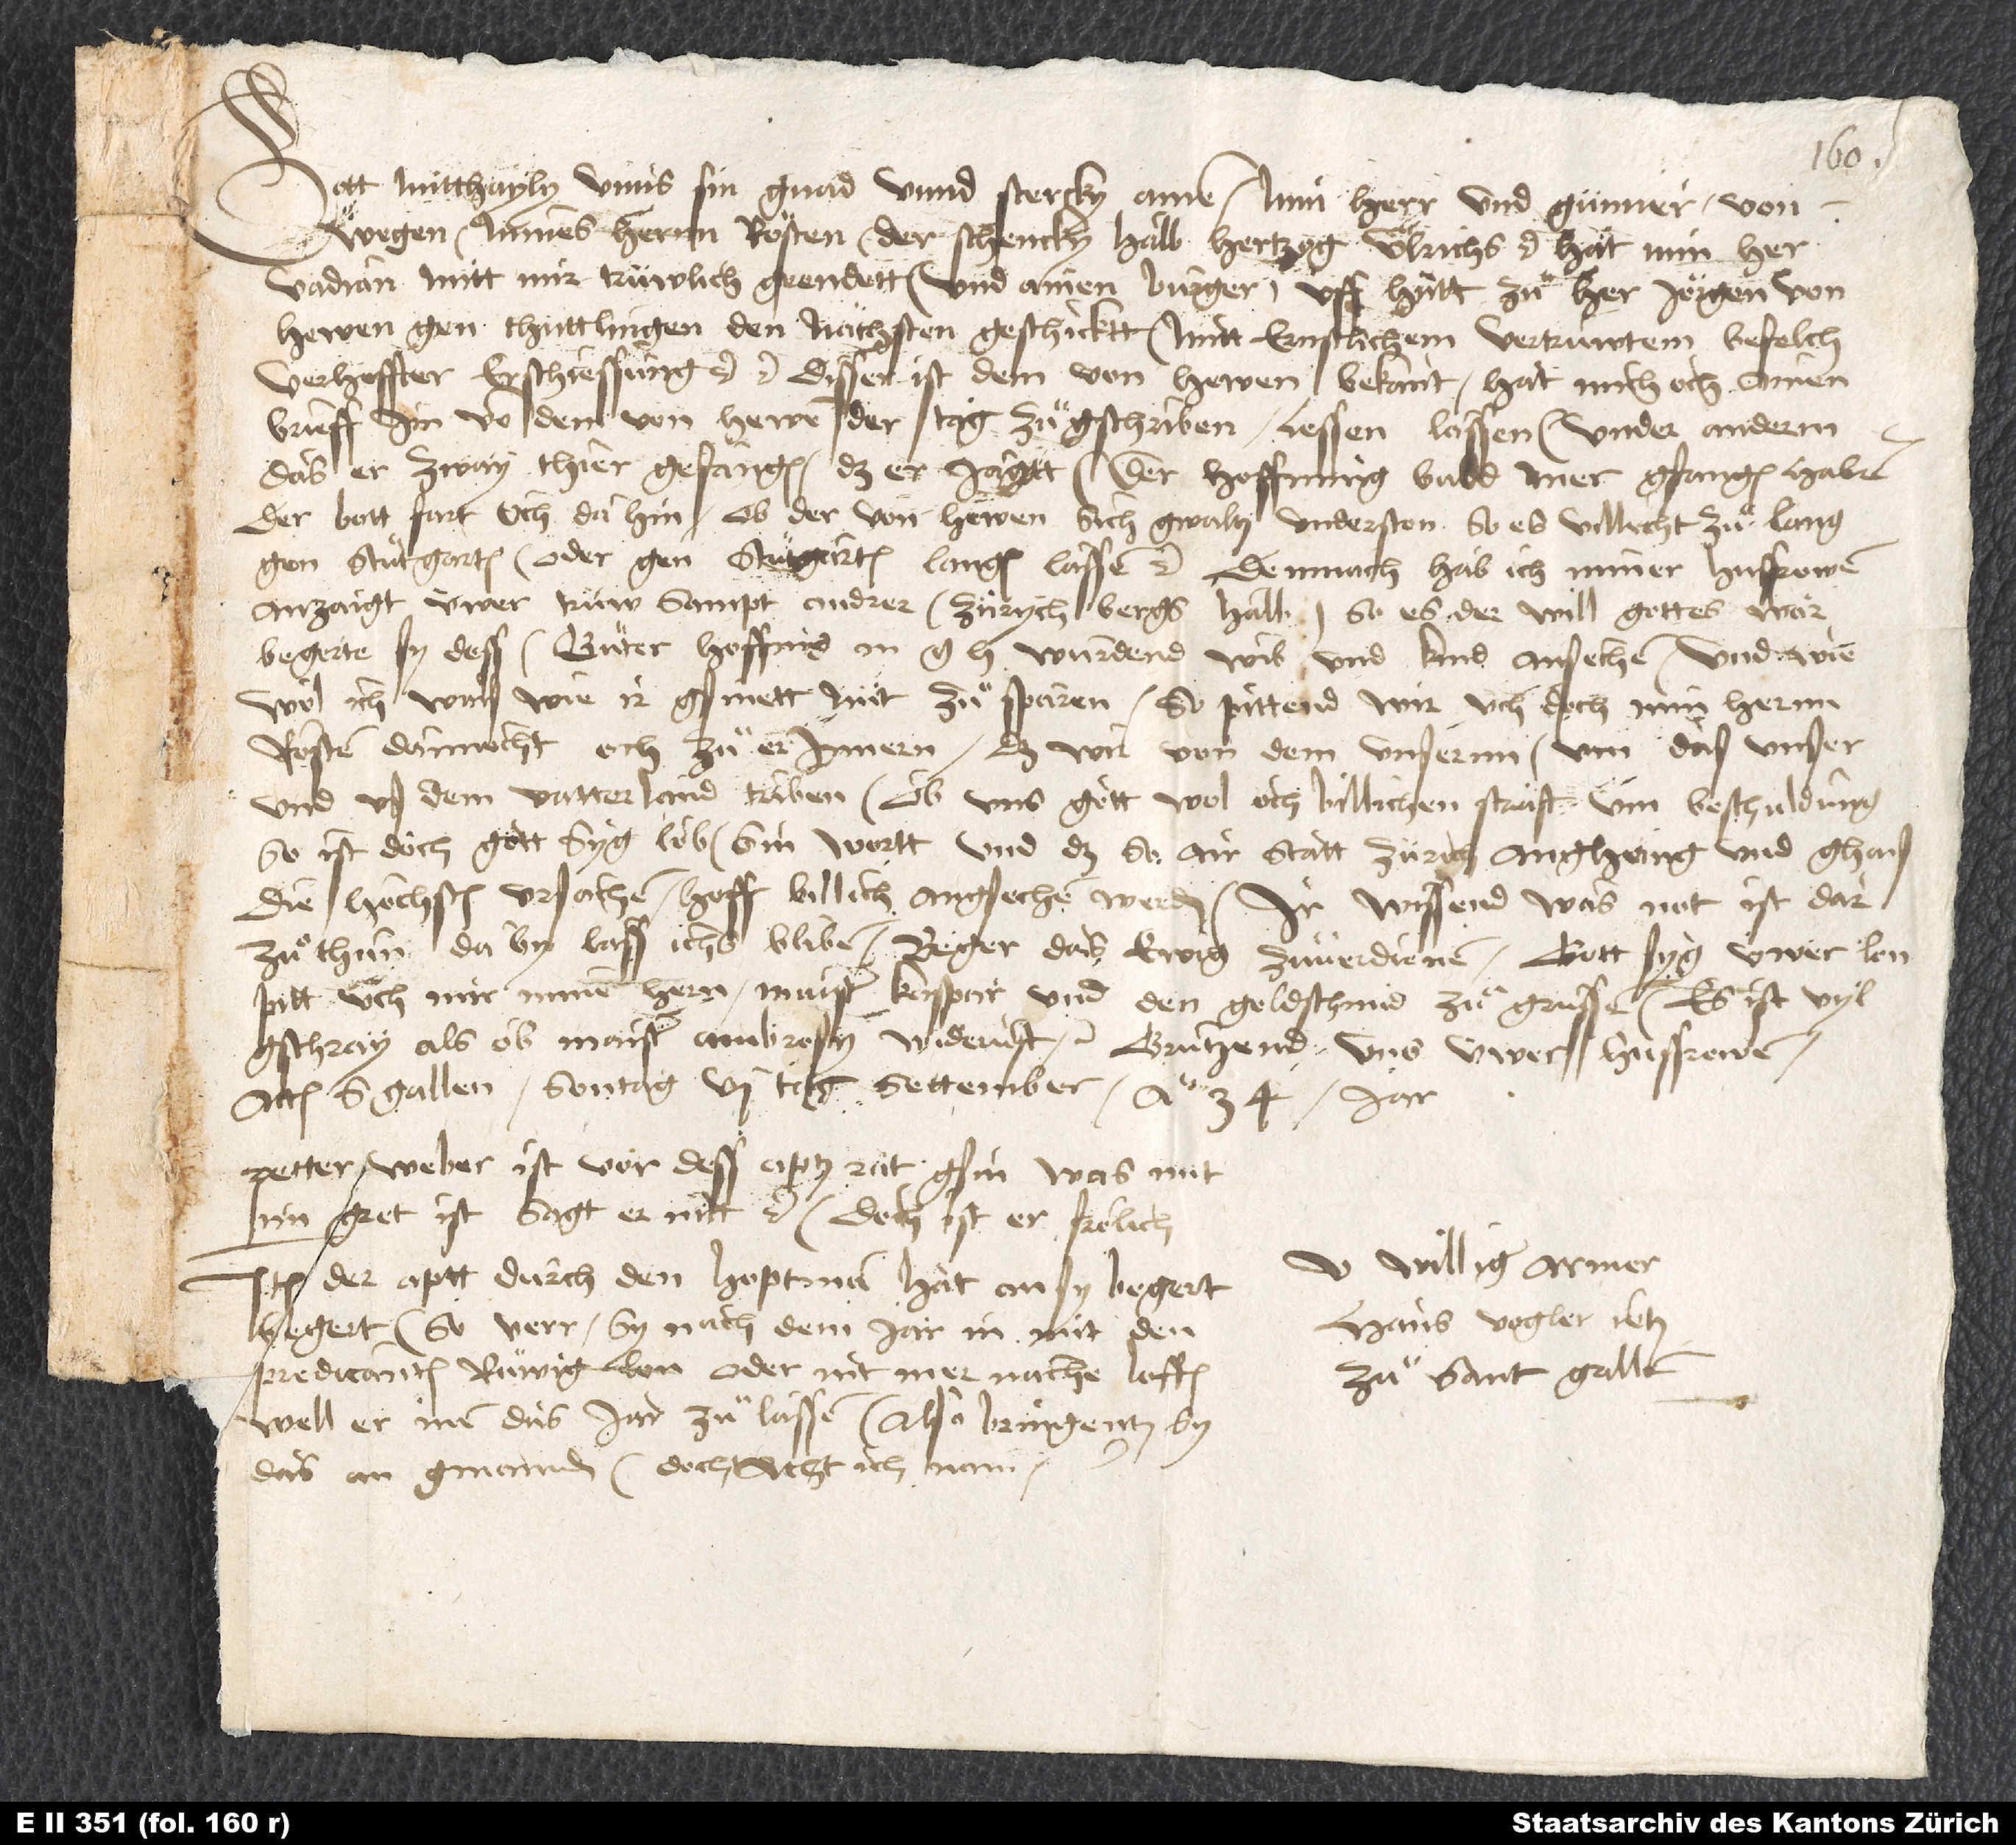
Gott mitthayly unns sin gnad unnd stercky. Amen. Min herr und günner, von
wegen mines herrn Rösten, der schencky halb hertzog Ulrichs etc., hat min her
Vadian mitt mir trüwlich geendett und ainen burger uff hütt zuͦ her Jörgen von
Hewen gen Thuttlingen den nächsten geschicktt, mitt ernstlichem vertruwtem befelch
verhoffter erschiessung etc. etc. Disser ist dem von Hewen bekant. Hat mich och ainen
brieff, im von dem von Hewen der tag zuͦgschriben, lessen lassen: under anderm,
das er zway thier gefangen, daß er jagtt der hoffnung, bald mer gfangen haben.
Der bott fart och dahin, ob der von Hewen sich gwaltz underston, so es villecht zuͦ lang
gen Stuͦtgarten, oder gen Stuͦtgarten langen lassen etc. Demnach hab ich miner husfrowen
anzaigt üwer trüw, sampt andrer, Zürychbergs halb. So es der will gottes wär,
begerte sy dess, guͦter hoffnig, m wurdend wib und kind ansechen. Und wiewol
ich wais, wie ir gsinett, nüt zuͦ sparen, so pittend wir uch doch, min hernn
Rösten dannocht och zuͦ erinnern, daß wir von dem unsernn, um das unser
und us dem vatterland triben. Ob uns gott wol och billichen straft um beschuldung,
so ist doch, gott syg lob, sin wortt und das, so air statt Zürich anghang und ghais,
die höchsten ursachen; hoff billich angsechen werden. Ir wissend, was not ist dar
zuͦ thun. Daby lass ichs bliben. Beger das ewig zu verdienen. Gott syg üwer lon.
Pitt üch, mir minen hern maister Kaspar und den goldschmid zuo grüssen. Es ist vyl
gschray als ob Maister, Ambrosy widerrüft. Grützend uns uwer husfrowen.
Actum S. Gallen, sontag 6. tag settember, anno 34 jar.
Petter Weber ist vor dess apts rat gsin. Was mit
im grett ist, sagt er nitt etc. Doch ist er frölich.
Ü williger armer
Item der aptt durch den hoptman hat an sy begert;
Hans Vogler, jetz
begert, soverr sy nach dem jar in mit den
predicanten ruͤwig lon oder nit mer nache loffen,
zuo Sant Gallen.
well er inen das jar zuͦlassen. Also bringent sy
das an gmaind; doch acht ich nain.